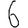
Digit: 6